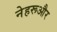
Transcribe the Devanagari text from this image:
नेहरूऔर